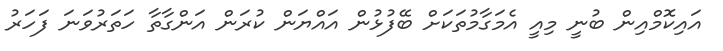
އައިކޮމްއިން ބުނީ މިއީ އެމަގާމުތަކަށް ބޭފުޅުން އައްޔަން ކުރަން އަންގާތާ ހަތަރުވަނަ ފަހަރު